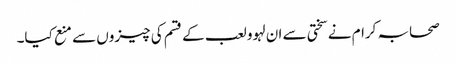
صحابہ کرام نے سختی سے ان لہوو لعب کے قسم کی چیزوں سے منع کیا۔